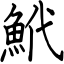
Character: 鮘